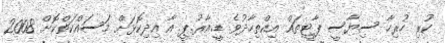
ކުރި ހުރިހާ ސިޔާސީ ޕާޓީތައް އިއްތިހާދުވެ ޑީ.އާރު.ޕީ. އާ އިދިކޮޅަށް މަސައްކަތްކޮށް 2008